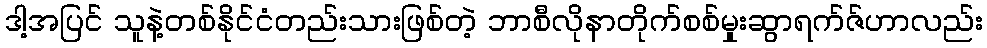
ဒါ့အပြင် သူနဲ့တစ်နိုင်ငံတည်းသားဖြစ်တဲ့ ဘာစီလိုနာတိုက်စစ်မှုးဆွာရက်ဇ်ဟာလည်း